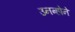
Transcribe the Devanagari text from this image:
उनन्होने